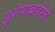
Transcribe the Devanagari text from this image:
युरोपाबाहेरचे